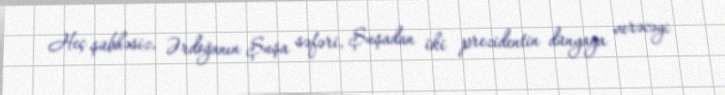
Heç şübhəsiz, Ərdoğanın Şuşa səfəri, Şuşadan iki prezidentin dünyaya verəcəyi